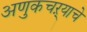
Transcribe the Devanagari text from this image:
अणुकचऱ्याचे